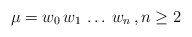
\begin{align*}\mu = w_0 \,w_1 \, \ldots \, w_n \, , n\geq 2\end{align*}